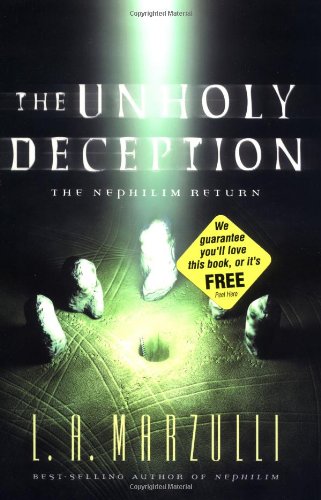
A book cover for The Unholy Deception: The Nephilim Return (Nephilim Series Vol. 2); L. A. Marzulli; Religion & Spirituality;